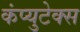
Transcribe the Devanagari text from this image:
कंप्युटेक्स